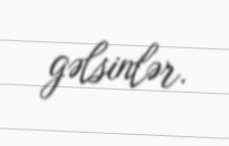
gəlsinlər.